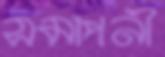
সমাপনী